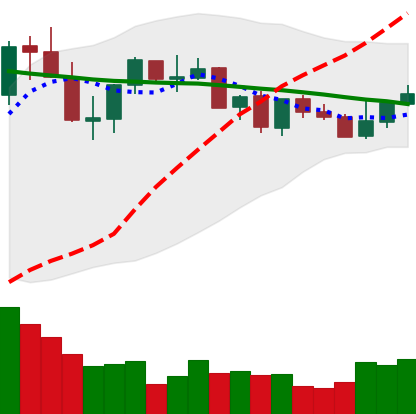
Ticker: XLM-USD
Chart end date: 2021-09-02
Forward return: -7.295%
Label: down_7plus